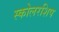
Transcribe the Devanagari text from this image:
स्कोलरशिप